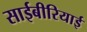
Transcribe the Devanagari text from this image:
साईबीरियाई